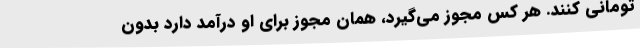
تومانی کنند. هر کس مجوز می‌گیرد، همان مجوز برای او درآمد دارد بدون